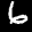
Label: 6